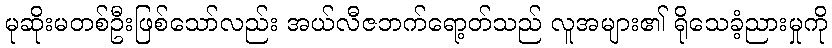
မုဆိုးမတစ်ဦးဖြစ်သော်လည်း အယ်လီဇဘက်ရော့တ်သည် လူအများ၏ ရိုသေခံ့ညားမှုကို